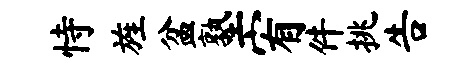
恃旌盆塾宥件挑告